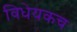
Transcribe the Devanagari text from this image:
विधेयकच